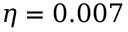
\eta = 0 . 0 0 7